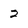
Character: 2